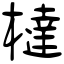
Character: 橽